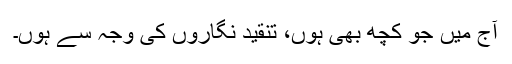
آج میں جو کچھ بھی ہوں، تنقید نگاروں کی وجہ سے ہوں۔